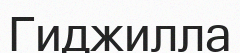
Гиджилла